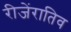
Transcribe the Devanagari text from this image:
रीजेंरातिव